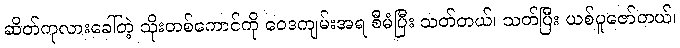
ဆိတ်ကုလားခေါ်တဲ့ သိုးတစ်ကောင်ကို ဝေဒကျမ်းအရ စီမံပြီး သတ်တယ်၊ သတ်ပြီး ယစ်ပူဇော်တယ်၊